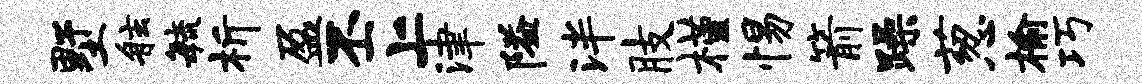
墅舷敏析盈丕上津隘泮肢槿惕箭躁葱榆巧